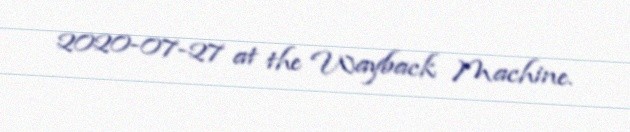
2020-07-27 at the Wayback Machine.